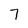
Character: 7